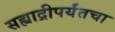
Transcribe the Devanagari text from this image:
सह्याद्रीपर्यंतचा